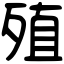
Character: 殖